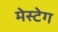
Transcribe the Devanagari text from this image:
मेस्टेग